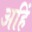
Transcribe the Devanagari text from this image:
अहिं